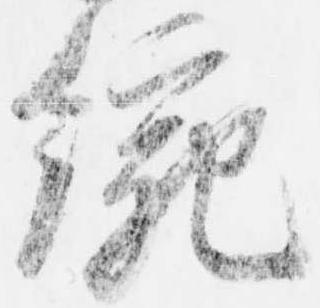
統